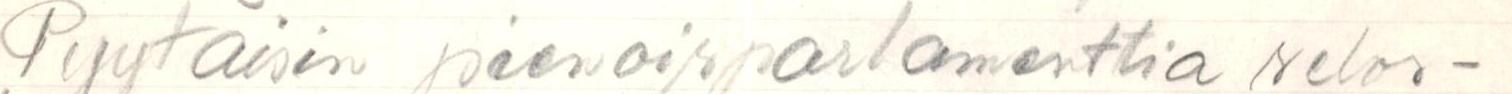
Pyytäisin pienoisparlamenttia selos-